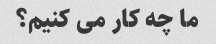
ما چه کار می کنیم؟